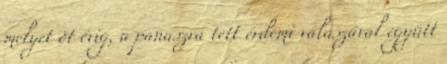
melyet öt évig, a panaszra tett érdemi válaszával együtt